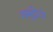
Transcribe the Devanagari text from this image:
नम्बूद्रीयों